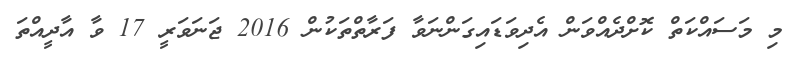
މި މަސައްކަތް ކޮށްދެއްވަން އެދިވަޑައިގަންނަވާ ފަރާތްތަކުން 2016 ޖަނަވަރީ 17 ވާ އާދީއްތަ